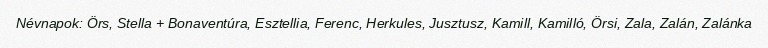
Névnapok: Örs, Stella + Bonaventúra, Esztellia, Ferenc, Herkules, Jusztusz, Kamill, Kamilló, Örsi, Zala, Zalán, Zalánka